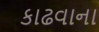
કાઢવાના